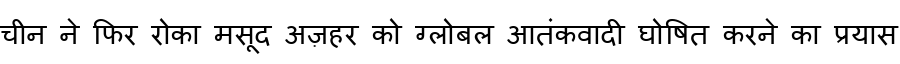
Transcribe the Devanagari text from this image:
चीन ने फिर रोका मसूद अज़हर को ग्लोबल आतंकवादी घोषित करने का प्रयास